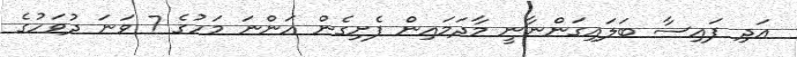
އަދި ފައިސާ ބަލައިގަންނާނީ މާދަމައިން ފެށިގެން އަންނަ މަހުގެ 7 ވަނަ ދުވަހުގެ